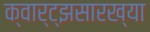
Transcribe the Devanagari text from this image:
क्वार्ट्‌झसारख्या